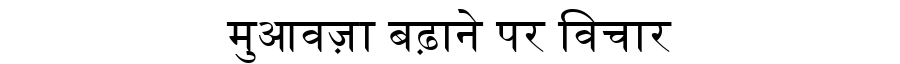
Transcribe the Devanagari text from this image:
मुआवज़ा बढ़ाने पर विचार